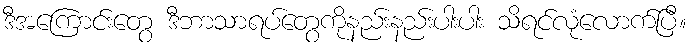
ဒီအကြောင်းတွေ ဒီဘာသာရပ်တွေကိုနည်းနည်းပါးပါး သိရင်လုံလောက်ပြီ။